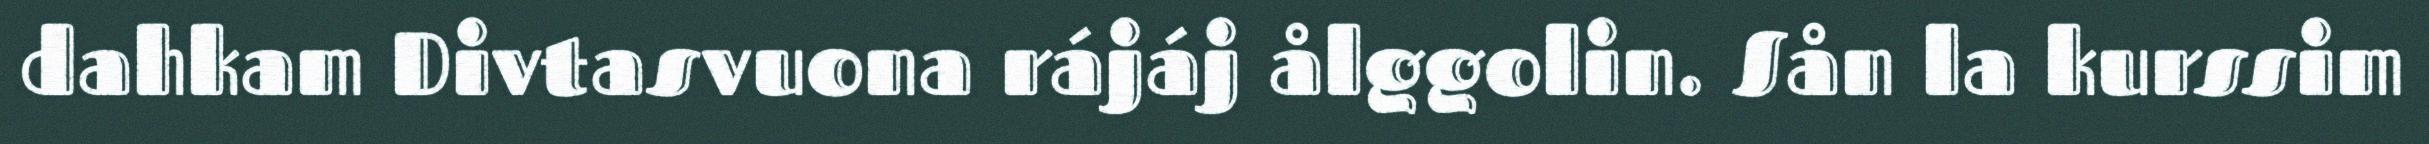
dahkam Divtasvuona rájáj ålggolin. Sån la kurssim